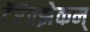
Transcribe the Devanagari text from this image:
टॅरॅक्झेकम्‌